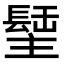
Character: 𨲣